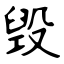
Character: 毁